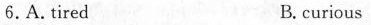
6.A.tired B.curious